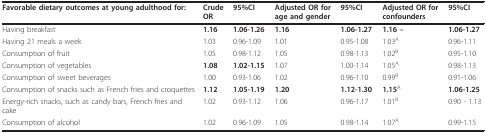
<table><thead><tr><td><b>Favorable dietary outcomes at young adulthood for:</b></td><td><b>Crude OR</b></td><td><b>95%CI</b></td><td><b>Adjusted OR for age and gender</b></td><td><b>95%CI</b></td><td><b>Adjusted OR for confounders</b></td><td><b>95%CI</b></td></tr></thead><tbody><tr><td>Having breakfast</td><td><b>1.16</b></td><td><b>1.06-1.26</b></td><td><b>1.16</b></td><td><b>1.06-1.27</b></td><td><b>1.16 --</b></td><td><b>1.06-1.27</b></td></tr><tr><td>Having 21 meals a week</td><td>1.03</td><td>0.96-1.09</td><td>1.01</td><td>0.95-1.08</td><td>1.03<sup>A</sup></td><td>0.96-1.11</td></tr><tr><td>Consumption of fruit</td><td>1.05</td><td>0.98-1.12</td><td>1.05</td><td>0.98-1.13</td><td>1.02<sup>B</sup></td><td>0.95-1.10</td></tr><tr><td>Consumption of vegetables</td><td><b>1.08</b></td><td><b>1.02-1.15</b></td><td>1.07</td><td>1.00-1.14</td><td>1.05<sup>A</sup></td><td>0.98-1.13</td></tr><tr><td>Consumption of sweet beverages</td><td>1.00</td><td>0.93-1.06</td><td>1.02</td><td>0.96-1.10</td><td>0.99<sup>B</sup></td><td>0.91-1.06</td></tr><tr><td>Consumption of snacks such as French fries and croquettes</td><td><b>1.12</b></td><td><b>1.05-1.19</b></td><td><b>1.20</b></td><td><b>1.12-1.30</b></td><td><b>1.15</b><sup>A</sup></td><td><b>1.06-1.25</b></td></tr><tr><td>Energy-rich snacks, such as candy bars, French fries and cake</td><td>1.02</td><td>0.93-1.12</td><td>1.06</td><td>0.96-1.17</td><td>1.01<sup>B</sup></td><td>0.90 - 1.13</td></tr><tr><td>Consumption of alcohol</td><td>1.02</td><td>0.96-1.09</td><td>1.05</td><td>0.98-1.14</td><td>1.07<sup>A</sup></td><td>0.99-1.15</td></tr></tbody></table>